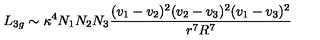
L _ { 3 g } \sim \kappa ^ { 4 } N _ { 1 } N _ { 2 } N _ { 3 } { \frac { ( v _ { 1 } - v _ { 2 } ) ^ { 2 } ( v _ { 2 } - v _ { 3 } ) ^ { 2 } ( v _ { 1 } - v _ { 3 } ) ^ { 2 } } { r ^ { 7 } R ^ { 7 } } }